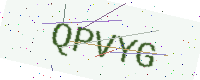
Text: QPVYG